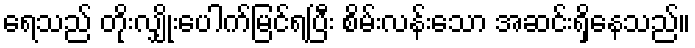
ရေသည် တိုးလျှိုးပေါက်မြင်ရပြီး စိမ်းလန်းသော အဆင်းရှိနေသည်။